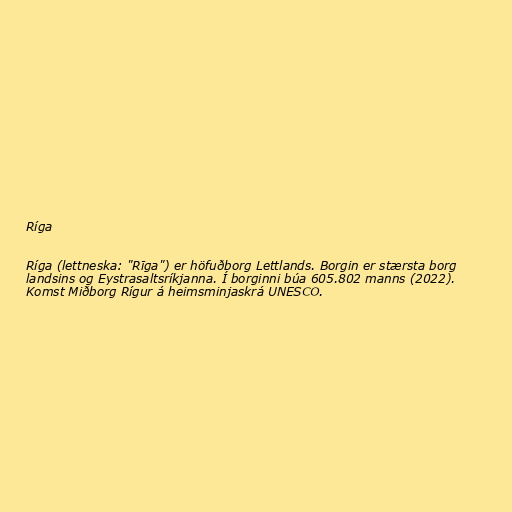
Ríga

Ríga (lettneska: "Rīga") er höfuðborg Lettlands. Borgin er stærsta borg
landsins og Eystrasaltsríkjanna. Í borginni búa 605.802 manns (2022).
Komst Miðborg Rígur á heimsminjaskrá UNESCO.